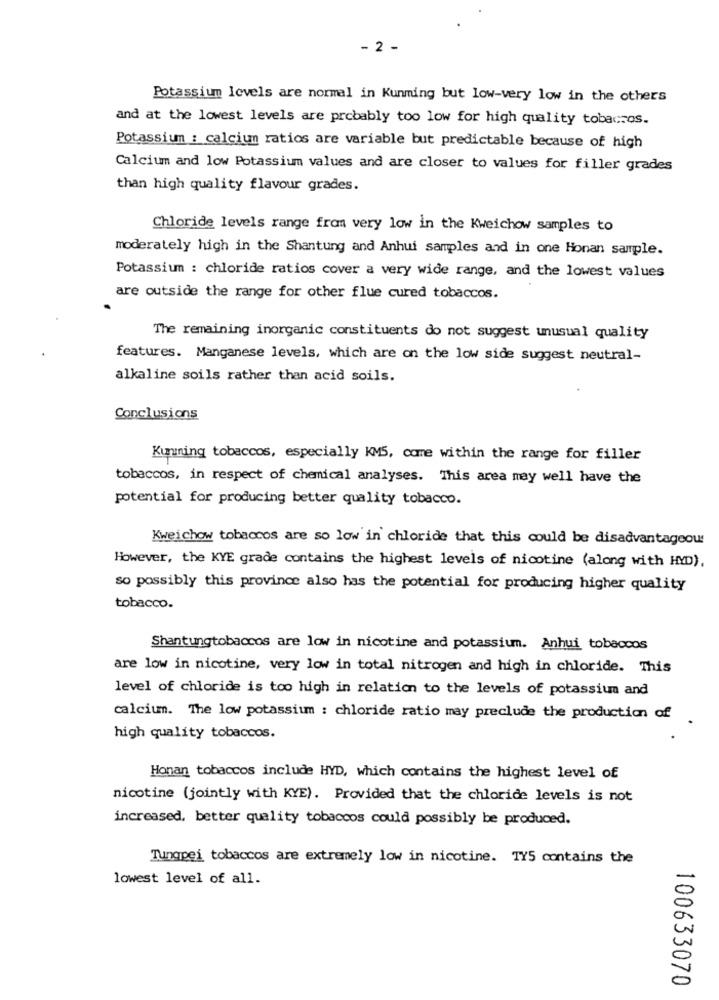
- 2 -
Potassium levels are normal in Kunming but low-very low in the others
and at the lowest levels are probably too low for high quality tobaccos.
Potassium : calcium ratios are variable but predictable because of high
Calcium and low Potassium values and are closer to values for filler grades
than high quality flavour grades.
Chloride levels range from very low in the Kweichow samples to
moderately high in the Shantung and Anhui samples and in one Honan sample.
Potassium : chloride ratios cover a very wide range, and the lowest values
are outside the range for other flue cured tobaccos.
The remaining inorganic constituents do not suggest unusual quality
features. Manganese levels, which are on the low side suggest neutral-
alkaline soils rather than acid soils.
Conclusions
Kunming tobaccos, especially KMS, come within the range for filler
tobaccos, in respect of chemical analyses. This area may well have the
potential for producing better quality tobacco.
Kweichow tobaccos are so low in chloride that this could be disadvantageous
However, the KYE grade contains the highest levels of nicotine (along with HYD).
so possibly this province also has the potential for producing higher quality
tobacco.
Shantungtobaccos are low in nicotine and potassium. Anhui tobaccos
are low in nicotine, very low in total nitrogen and high in chloride. This
level of chloride is too high in relation to the levels of potassium and
calcium. The low potassium : chloride ratio may preclude the production of
high quality tobaccos.
Honan tobaccos include HYD, which contains the highest level of
nicotine (jointly with KYE). Provided that the chloride levels is not
increased, better quality tobaccos could possibly be produced.
Tungpei tobaccos are extremely low in nicotine. TY5 contains the
lowest level of all.
100633070